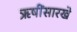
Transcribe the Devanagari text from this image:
ऋषींसारखे